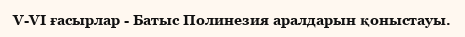
V-VI ғасырлар - Батыс Полинезия аралдарын қоныстауы.